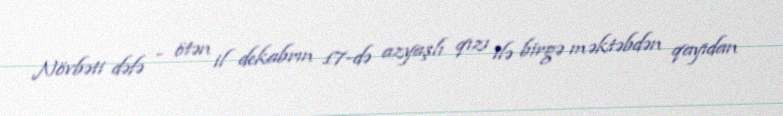
Növbəti dəfə - ötən il dekabrın 17-də azyaşlı qızı ilə birgə məktəbdən qayıdan